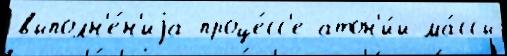
выполн'е́н'иjа проце́сс'е атон'и́и ма́ссы